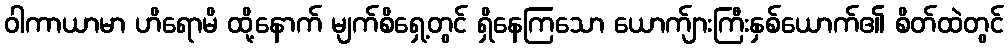
ဝါကာယာမာ ဟိရောမိ ထို့နောက် မျက်စိရှေ့တွင် ရှိနေကြသော ယောက်ျားကြီးနှစ်ယောက်၏ စိတ်ထဲတွင်